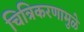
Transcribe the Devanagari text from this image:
चित्रिकरणामुळे